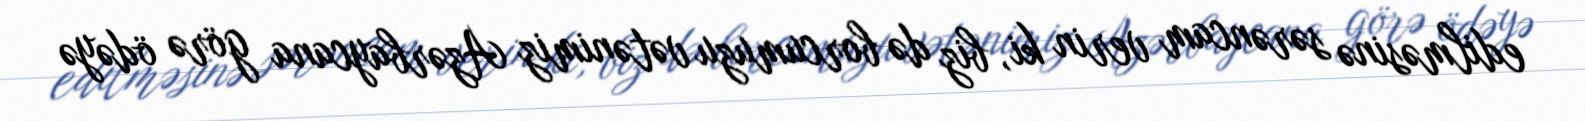
edilməsinə sərəncam verin ki, biz də borcumuzu vətənimiz Azərbaycana görə ödəyə